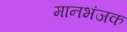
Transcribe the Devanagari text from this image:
मानभंजक